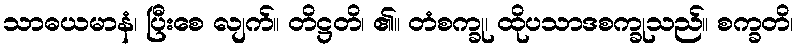
သာဓယမာနံ၊ ပြီးစေ လျက်။ တိဋ္ဌတိ၊ ၏။ တံစက္ခု၊ ထိုပသာဒစက္ခုသည်။ စက္ခတိ၊